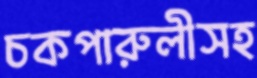
চকপারুলীসহ